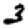
Digit: 3